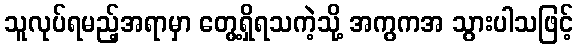
သူလုပ်ရမည့်အရာမှာ တွေ့ရှိရသကဲ့သို့ အကွကအ သွားပါသဖြင့်